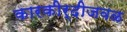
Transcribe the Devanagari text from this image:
कारकीर्दीजवळ